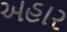
અહાર